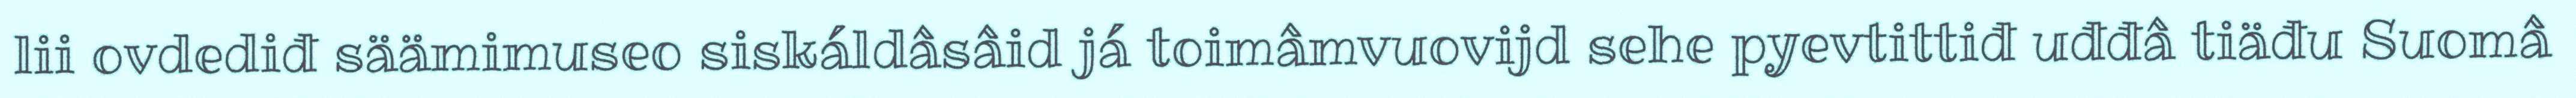
lii ovdediđ säämimuseo siskáldâsâid já toimâmvuovijd sehe pyevtittiđ uđđâ tiäđu Suomâ